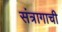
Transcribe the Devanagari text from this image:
संत्रागाची